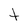
Character: t